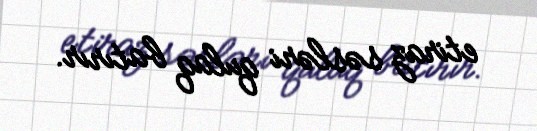
etiraz səsləri qulaq batırır.